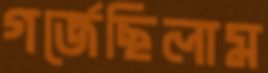
গর্জেছিলাম